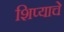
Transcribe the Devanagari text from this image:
शिप्याचे